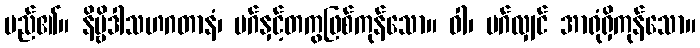
မည်၏။ နိဗ္ဗိဒါသဟဂတာနံ၊ မဂ်နှင့်တကွဖြစ်ကုန်သော။ ဝါ၊ မဂ်လျှင် အာရုံရှိကုန်သော။